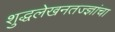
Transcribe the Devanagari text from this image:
शुद्धलेखनतज्‍ज्ञांचा